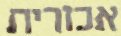
אכזרית